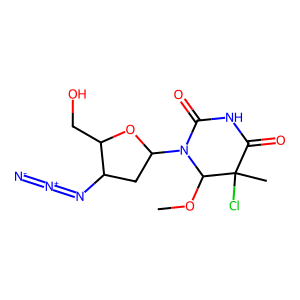
SMILES: COC1N(C2CC(N=[N+]=[N-])C(CO)O2)C(=O)NC(=O)C1(C)Cl
Inhibits HIV replication: Yes